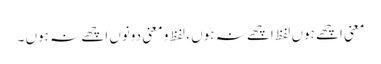
معنی اچھے ہوں لفظ اچھے نہ ہوں ، لفظ و معنی دونوں اچھے نہ ہوں ۔